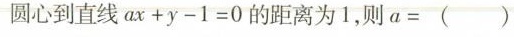
圆心到直线ax+y-1=0的距离为1，则a=( )